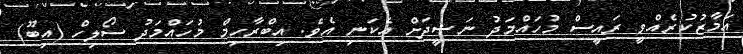
އަމާޒުކުރެއްވީ ރައީސް މުހައްމަދު ނަޝީދަށް އެކަނި އެވެ. އިބްރާހިމް މުހައްމަދު ސޯލިހް (އިބޫ)